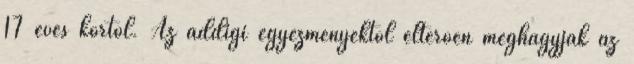
17 éves kortól. Az addigi egyezményektõl eltérõen meghagyják az